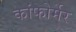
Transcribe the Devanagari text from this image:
कांफोर्मेर